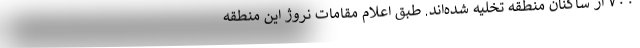
۷۰۰ از ساکنان منطقه تخلیه شده‌اند. طبق اعلام مقامات نروژ این منطقه